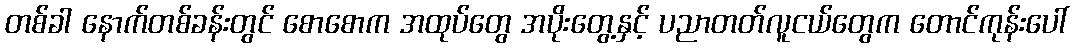
တစ်ခါ နောက်တစ်ခန်းတွင် စောစောက အထုပ်တွေ အပိုးတွေ့နှင့် ပညာတတ်လူငယ်တွေက တောင်ကုန်းပေါ်